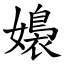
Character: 嬝